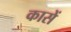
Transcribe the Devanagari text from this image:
कासें